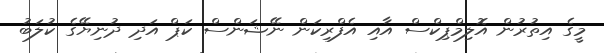
މީގެ އިތުރުން އޮލިމްޕިކްސް އާއި އެފްރިކަން ނޭޝަންސް ކަޕް އަދި ދުނިޔޭގެ ކުލަބު